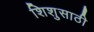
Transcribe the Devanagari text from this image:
शिशुसाठी